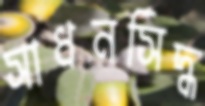
সাধনসিদ্ধ